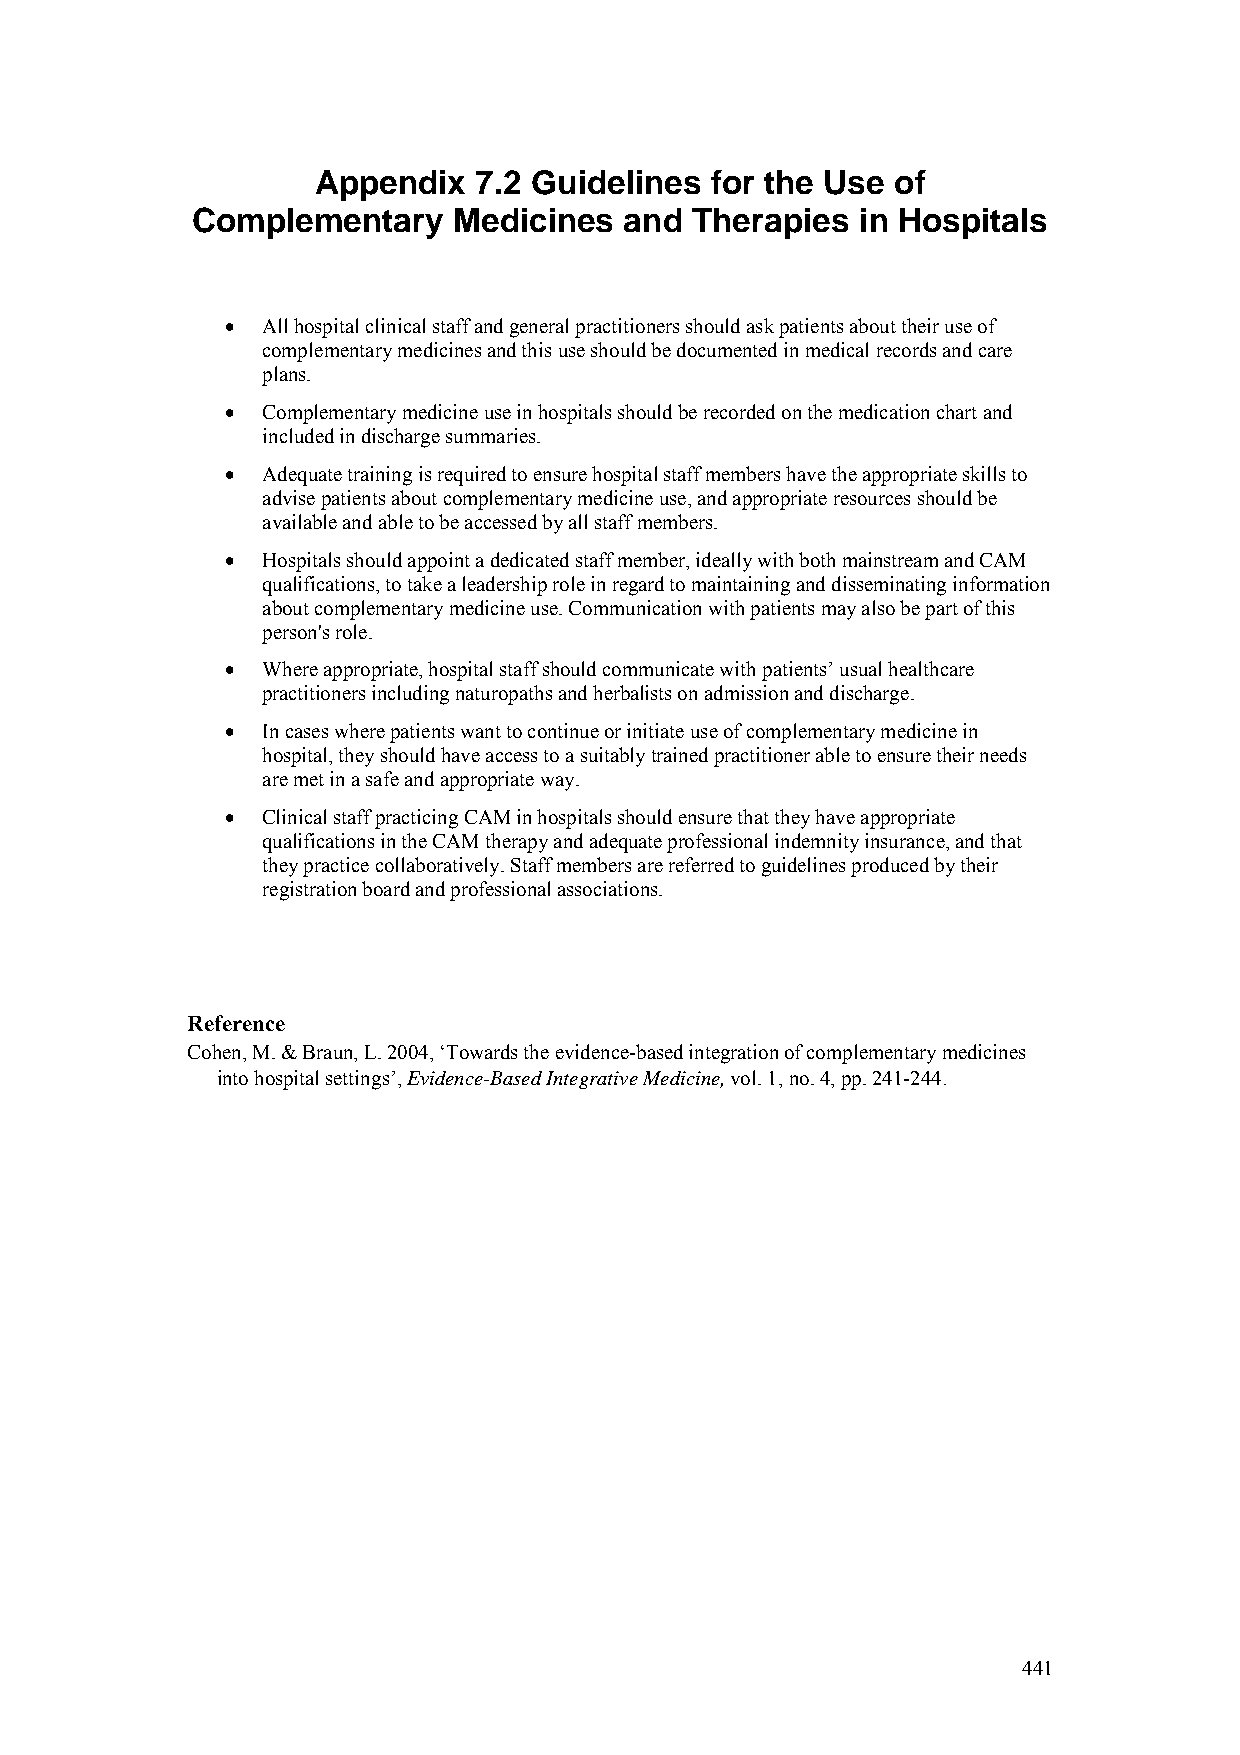
Appendix  7.2 Guidelines  for the Use of
 Complementary    Medicines  and  Therapies  in Hospitals
 • All hospital clinical staff and general practitioners should ask patients about their use of
 complementary medicines and this use should be documented in medical records and care
 plans.
 • Complementary medicine use in hospitals should be recorded on the medication chart and
 included in discharge summaries.
 • Adequate training is required to ensure hospital staff members have the appropriate skills to
 advise patients about complementary medicine use, and appropriate resources should be
 available and able to be accessed by all staff members.
 • Hospitals should appoint a dedicated staff member, ideally with both mainstream and CAM
 qualifications, to take a leadership role in regard to maintaining and disseminating information
 about complementary medicine use. Communication with patients may also be part of this
 person's role.
 • Where appropriate, hospital staff should communicate with patients’ usual healthcare
 practitioners including naturopaths and herbalists on admission and discharge.
 • In cases where patients want to continue or initiate use of complementary medicine in
 hospital, they should have access to a suitably trained practitioner able to ensure their needs
 are met in a safe and appropriate way.
 • Clinical staff practicing CAM in hospitals should ensure that they have appropriate
 qualifications in the CAM therapy and adequate professional indemnity insurance, and that
 they practice collaboratively. Staff members are referred to guidelines produced by their
 registration board and professional associations.
 Reference
 Cohen, M. & Braun, L. 2004, ‘Towards the evidence-based integration of complementary medicines
 into hospital settings’, Evidence-Based Integrative Medicine, vol. 1, no. 4, pp. 241-244.
 441